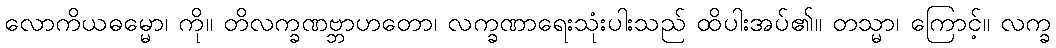
လောကိယဓမ္မော၊ ကို။ တိလက္ခဏဗ္ဘာဟတော၊ လက္ခဏာရေးသုံးပါးသည် ထိပါးအပ်၏။ တသ္မာ၊ ကြောင့်။ လက္ခ